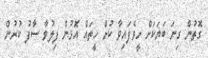
ގޮތުން ގިނަ ބަޔަކަށް ހީވެފައިވާ ކުށް ހީތައް އޮޅުން ފިލުވާ ސާފު ކުރުން